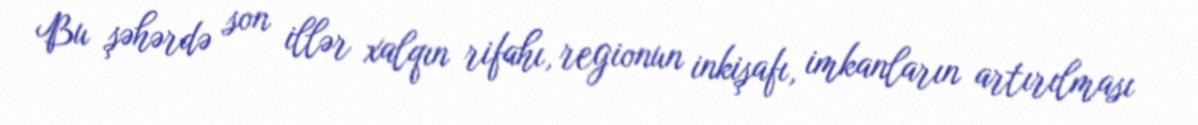
Bu şəhərdə son illər xalqın rifahı, regionun inkişafı, imkanların artırılması